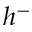
h ^ { - }